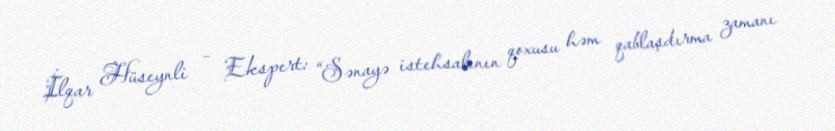
İlqar Hüseynli – Ekspert: “Sənayə istehsalının qoxusu həm qablaşdırma zamanı